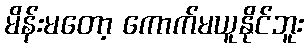
မိန်းမတော့ ကောက်မယူနိုင်ဘူး